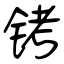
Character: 铐